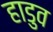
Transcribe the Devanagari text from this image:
हाडुव